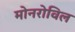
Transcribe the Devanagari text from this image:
मोनरोविल